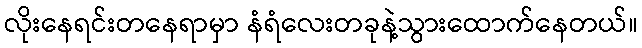
လိုးနေရင်းတနေရာမှာ နံရံလေးတခုနဲ့သွားထောက်နေတယ်။